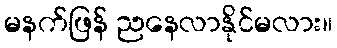
မနက်ဖြန် ညနေလာနိုင်မလား။